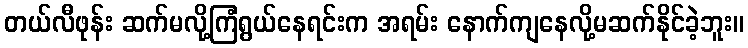
တယ်လီဖုန်း ဆက်မလို့ကြံရွယ်နေရင်းက အရမ်း နောက်ကျနေလို့မဆက်နိုင်ခဲ့ဘူး။